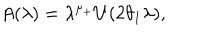
A ( \lambda ) = \lambda ^ { \mu _ { + } } U ( 2 \theta _ { 1 } \lambda ) ,